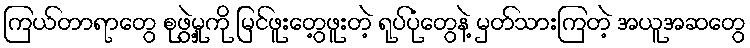
ကြယ်တာရာတွေ စုဖွဲ့မှုကို မြင်ဖူးတွေ့ဖူးတဲ့ ရုပ်ပုံတွေနဲ့ မှတ်သားကြတဲ့ အယူအဆတွေ